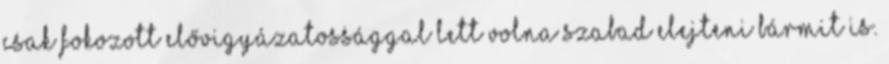
csak fokozott elővigyázatossággal lett volna szabad elejteni bármit is.